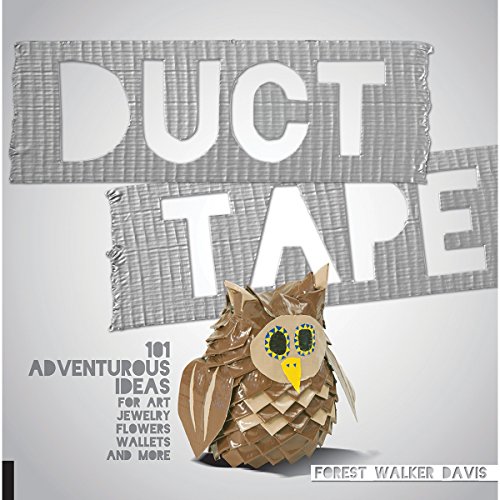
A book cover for Duct Tape: 101 Adventurous Ideas for Art, Jewelry, Flowers, Wallets and More; Forest Walker Davis; Crafts, Hobbies & Home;